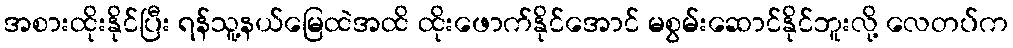
အစားထိုးနိုင်ပြီး ရန်သူ့နယ်မြေထဲအထိ ထိုးဖောက်နိုင်အောင် မစွမ်းဆောင်နိုင်ဘူးလို့ လေတပ်က